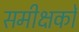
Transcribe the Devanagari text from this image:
समीक्षकोँ